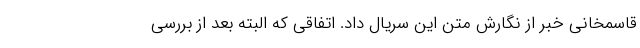
قاسمخانی خبر از نگارش متن این سریال داد. اتفاقی که البته بعد از بررسی